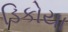
ડિકોયા